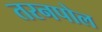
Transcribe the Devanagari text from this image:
तरनपोल